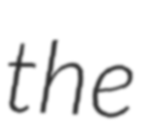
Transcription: the